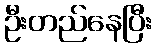
ဦးတည်နေပြီး